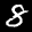
Label: 8